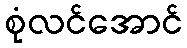
စုံလင်အောင်